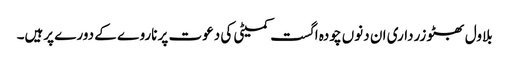
بلاول بھٹو زرداری ان دنوں چودہ اگست کمیٹی کی دعوت پر ناروے کے دورے پرہیں۔